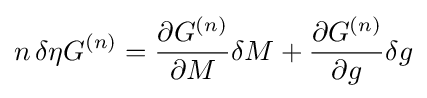
n\,\delta \eta G^{(n)}={\frac {\partial G^{(n)}}{\partial M}}\delta M+{\frac {\partial G^{(n)}}{\partial g}}\delta g